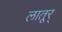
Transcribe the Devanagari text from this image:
लातूर्